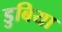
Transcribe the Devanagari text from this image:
डुबिया